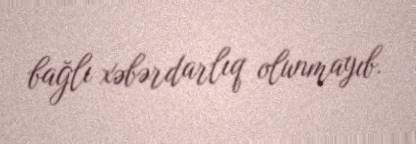
bağlı xəbərdarlıq olunmayıb.